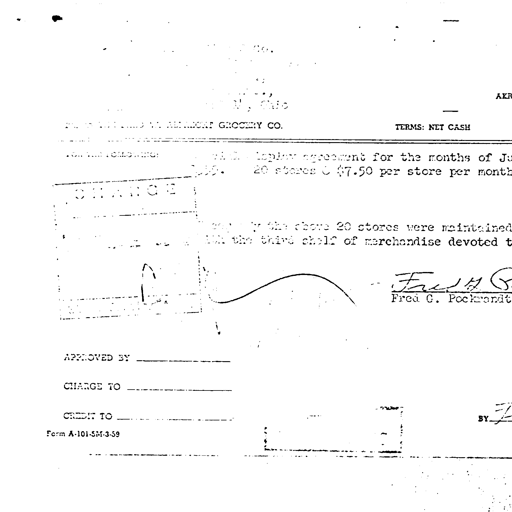
AKR
TERMS: NET CASH
GROCERY CO.
for the months of Ju
20 stores @ $7.50 per store per month
CHANGE
of the above 20 stores were maintained
the third shelf of merchandise devoted t
Fred G. Pockrandt
APPROVED BY
CHARGE TO
CREDIT TO
BY
Form A-101-5M-3-59